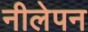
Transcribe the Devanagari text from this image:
नीलेपन